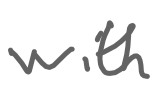
Text: with
Cross-out: clean
Writing tool: digital_gray